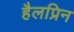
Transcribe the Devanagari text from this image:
हैलप्रिन